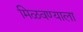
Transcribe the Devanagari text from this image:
मिळवण्याला